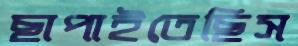
ছাপাইতেছিস